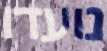
נועדו